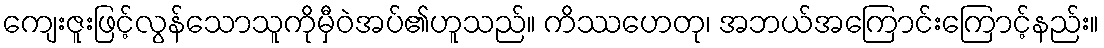
ကျေးဇူးဖြင့်လွန်သောသူကိုမှီဝဲအပ်၏ဟူသည်။ ကိဿဟေတု၊ အဘယ်အကြောင်းကြောင့်နည်း။